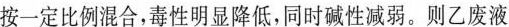
按一定比例混合，毒性明显降低，同时碱性减弱。则乙废液